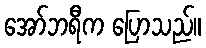
အော်ဘရီက ပြောသည်။